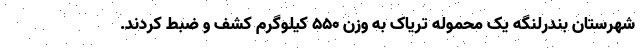
شهرستان بندرلنگه یک محموله تریاک به وزن ۵۵۰ کیلوگرم کشف و ضبط کردند.